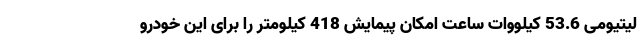
لیتیومی 53.6 کیلووات ساعت امکان پیمایش 418 کیلومتر را برای این خودرو